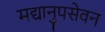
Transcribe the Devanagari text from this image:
मद्यानुपसेवन